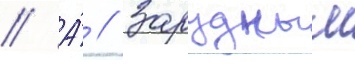
// А́ // Зарудным